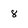
Character: 8